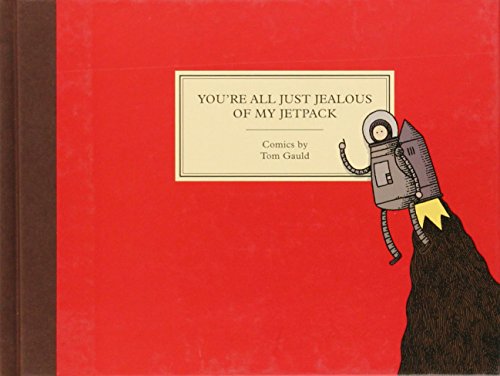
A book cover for You're All Just Jealous of My Jetpack: Cartoons; Tom Gauld; Comics & Graphic Novels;